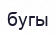
бугы